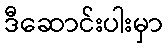
ဒီဆောင်းပါးမှာ